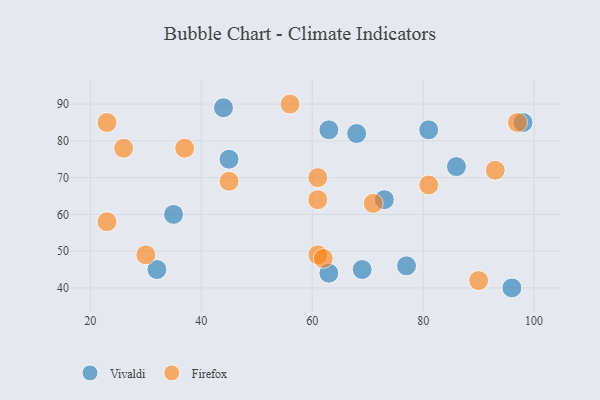
{"axis": {"x": "GDP", "y": "Life Expectancy"}, "legend": ["Firefox", "Vivaldi"], "data": [{"x": "77", "y": 46, "type": "Vivaldi"}, {"x": "32", "y": 45, "type": "Vivaldi"}, {"x": "86", "y": 73, "type": "Vivaldi"}, {"x": "45", "y": 75, "type": "Vivaldi"}, {"x": "63", "y": 83, "type": "Vivaldi"}, {"x": "96", "y": 40, "type": "Vivaldi"}, {"x": "73", "y": 64, "type": "Vivaldi"}, {"x": "35", "y": 60, "type": "Vivaldi"}, {"x": "63", "y": 44, "type": "Vivaldi"}, {"x": "68", "y": 82, "type": "Vivaldi"}, {"x": "69", "y": 45, "type": "Vivaldi"}, {"x": "44", "y": 89, "type": "Vivaldi"}, {"x": "81", "y": 83, "type": "Vivaldi"}, {"x": "98", "y": 85, "type": "Vivaldi"}, {"x": "61", "y": 64, "type": "Firefox"}, {"x": "30", "y": 49, "type": "Firefox"}, {"x": "61", "y": 49, "type": "Firefox"}, {"x": "81", "y": 68, "type": "Firefox"}, {"x": "90", "y": 42, "type": "Firefox"}, {"x": "93", "y": 72, "type": "Firefox"}, {"x": "45", "y": 69, "type": "Firefox"}, {"x": "37", "y": 78, "type": "Firefox"}, {"x": "26", "y": 78, "type": "Firefox"}, {"x": "71", "y": 63, "type": "Firefox"}, {"x": "61", "y": 70, "type": "Firefox"}, {"x": "56", "y": 90, "type": "Firefox"}, {"x": "23", "y": 85, "type": "Firefox"}, {"x": "62", "y": 48, "type": "Firefox"}, {"x": "23", "y": 58, "type": "Firefox"}, {"x": "97", "y": 85, "type": "Firefox"}]}